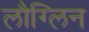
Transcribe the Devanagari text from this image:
लौग्लिन